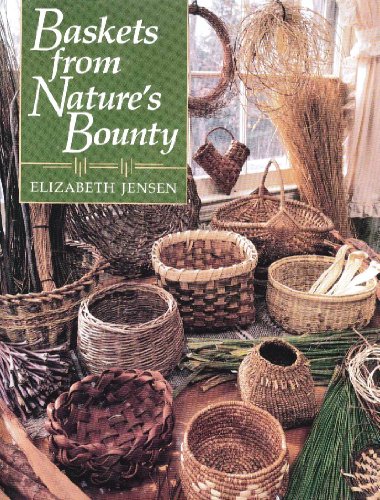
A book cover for Baskets from Nature's Bounty; Elizabeth Jensen; Crafts, Hobbies & Home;